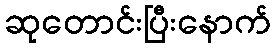
ဆုတောင်းပြီးနောက်